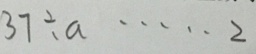
3 7 \div a \cdots 2